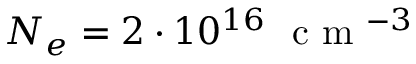
N _ { e } = 2 \cdot 1 0 ^ { 1 6 } ~ \textrm { c m } ^ { - 3 }